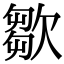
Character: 㱀